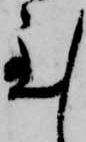
至